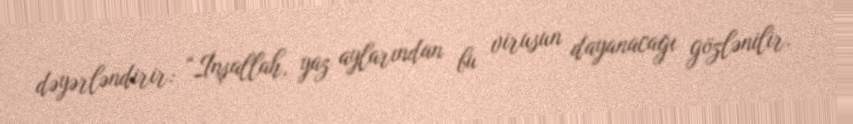
dəyərləndirir: “İnşallah, yaz aylarından bu virusun dayanacağı gözlənilir.